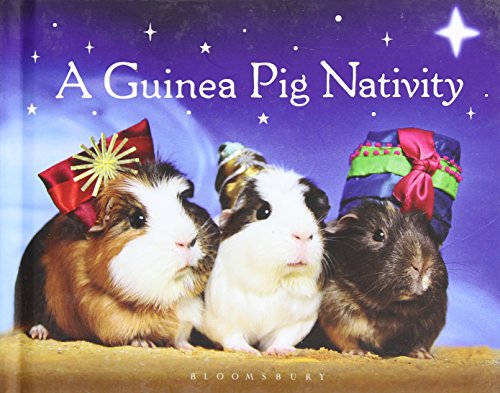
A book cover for A Guinea Pig Nativity; GPV; Crafts, Hobbies & Home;